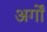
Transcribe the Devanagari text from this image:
अर्गों